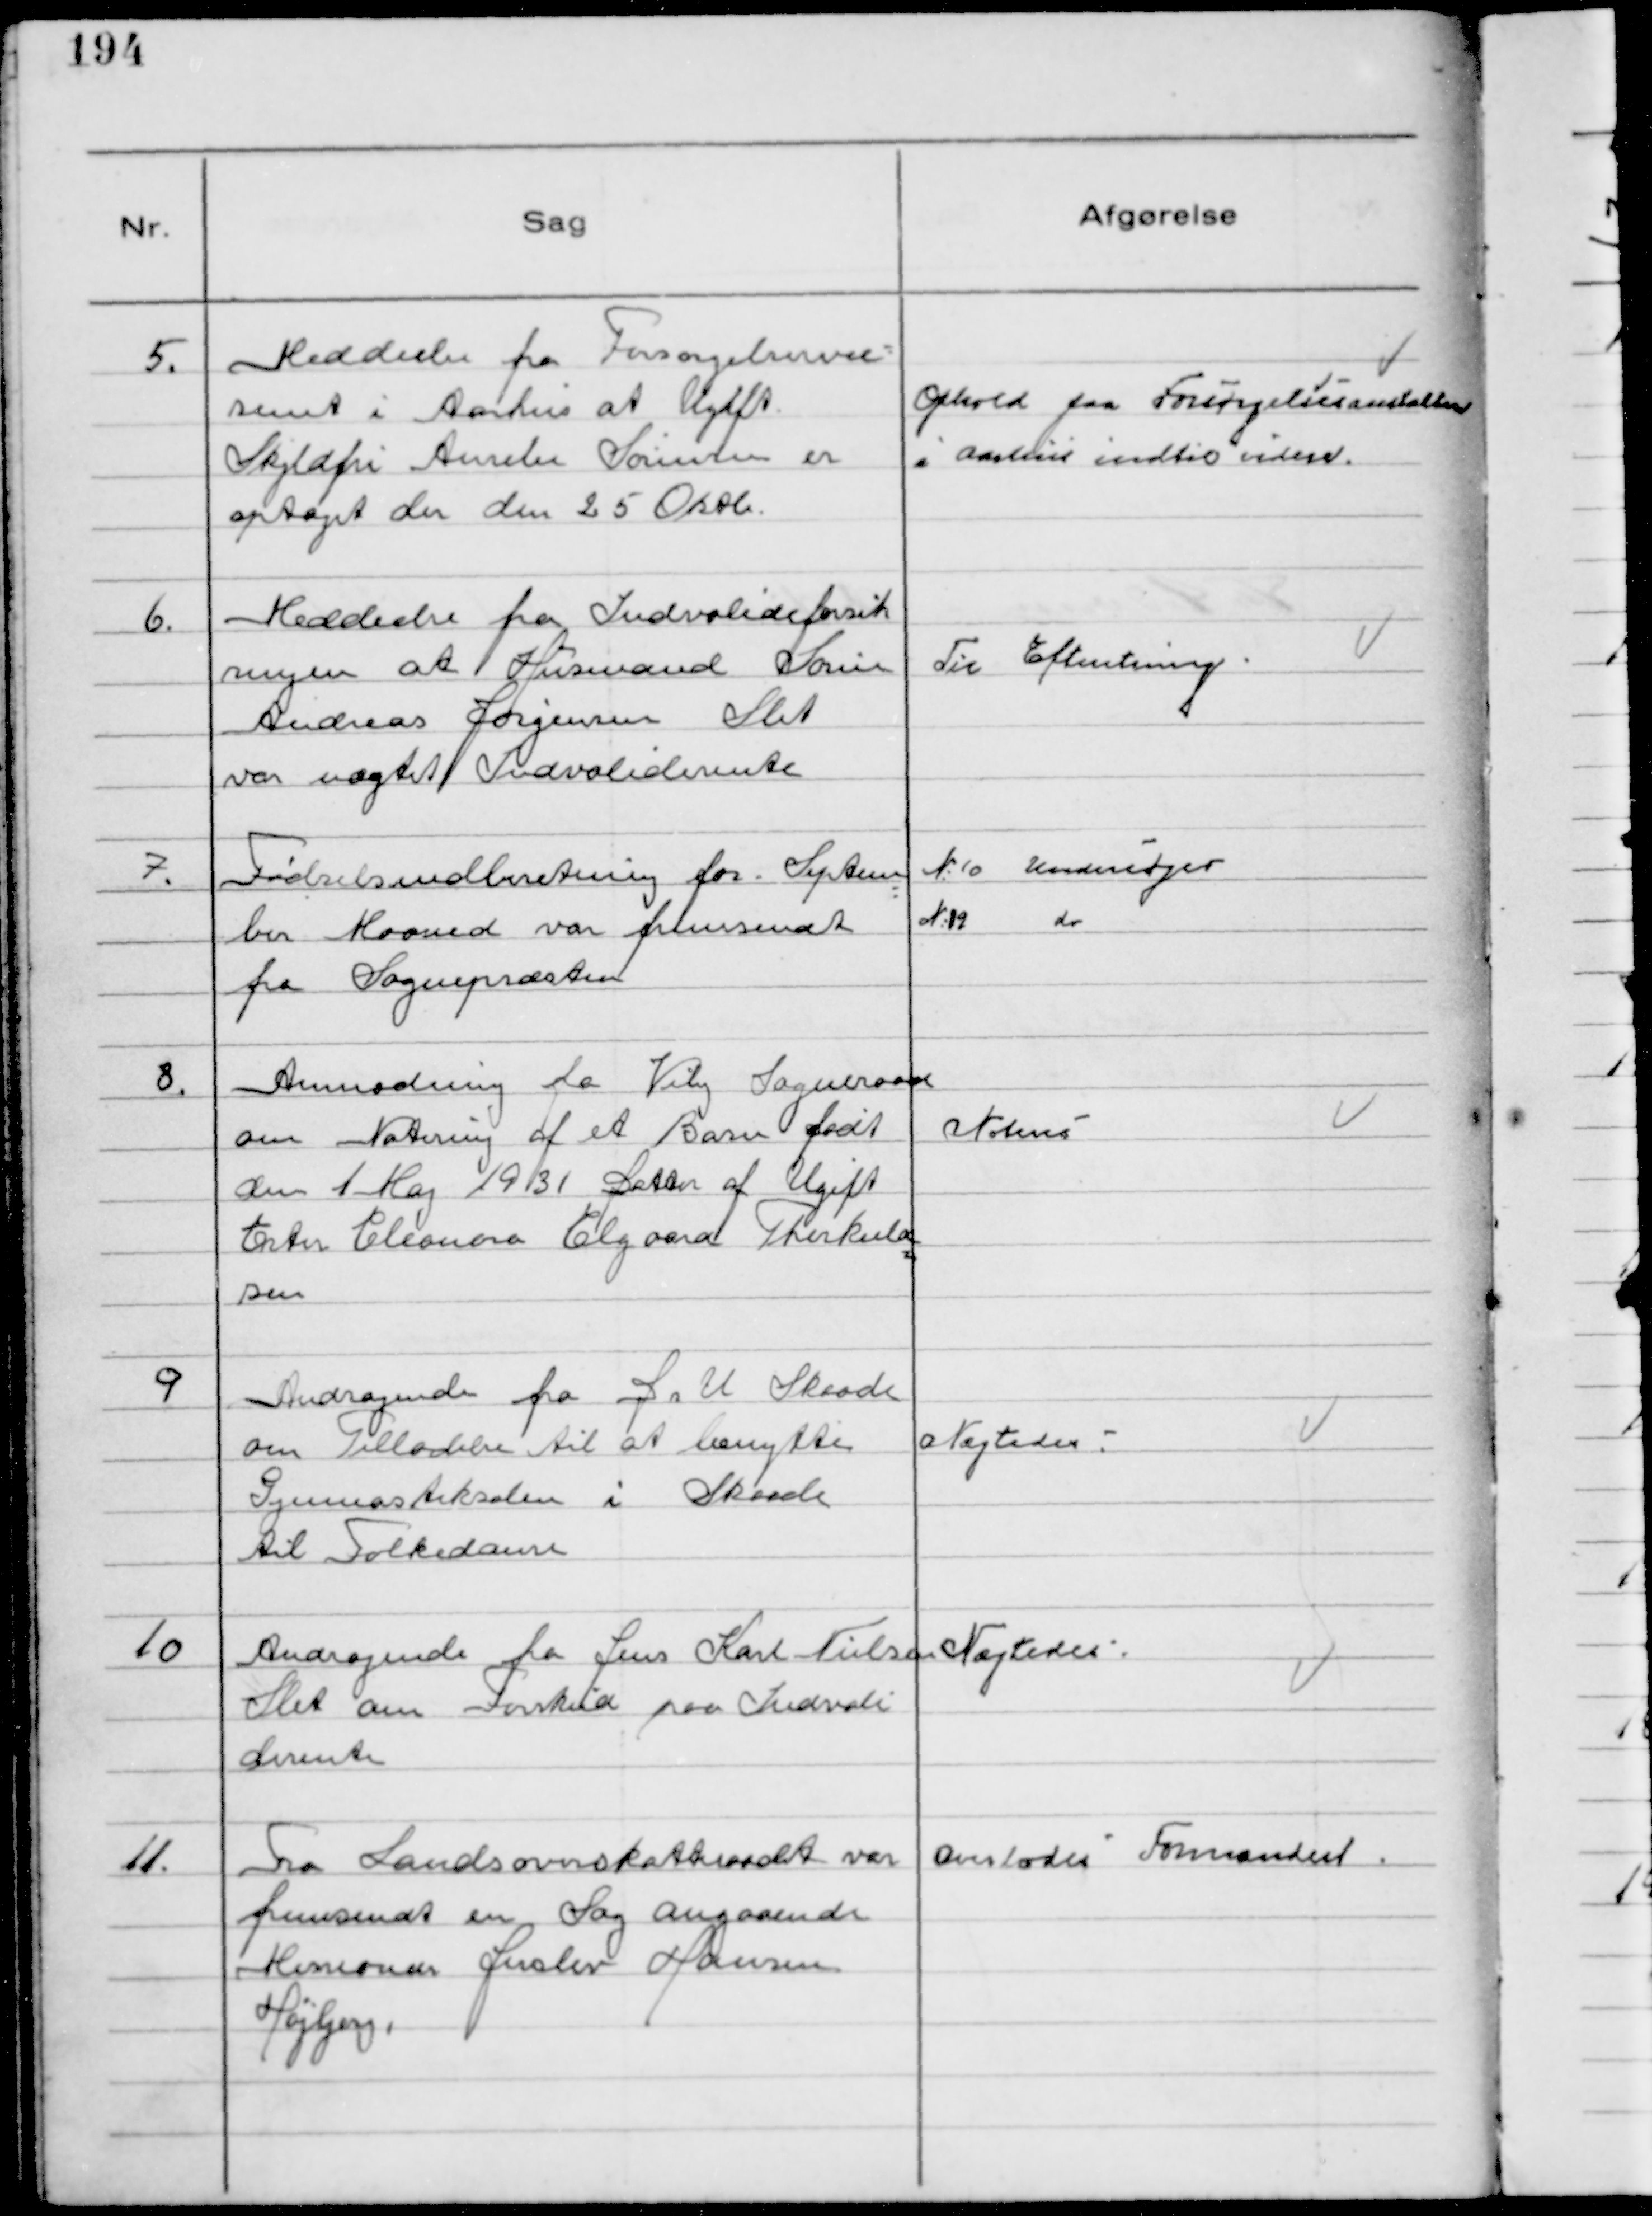
Transskription:
5.
Meddeelse fra Forsørgelsesvæ-
senet i Aarhus at Ugift
Skyldfri Amelie Sørensen er
optaget der den 25 Oktb.

Ophold paa Forsørgelsesanstalten
i Aarhus indtil videre.

6.
Meddeelse fra Indvalideforsik
ringen at Husmand Søren
Andreas Jørgensen Slet
var nægtet Indvaliderente

Til Efteretning

7.
Fødselsindberetning for Septem
ber Maaned var fremsendt
fra Sognepræsten

№10 Undersøges
№19 do

8.
Anmodning fra Viby Sogneraad
om Notering af et Barn født
den 1 Maj 1931 Datter af Ugift
Ester Eleonora Elgaard Therkild
sen

Noteres

9
Andragende fra D s U Skaade
om Tilladelse til at benytte
Gymnastiksalen i Skaade
til Folkedanse

Nægtedes

10
Andragende fra Jens Karl Nielsen
Slet om Forskud paa Indvali
derente

Nægtedes

11.
Fra Landsoverskatteraadet var
fremsendt en Sag angaaende
Missionær Jerslev Hansen
Højbjerg.

Overlodes Formanden